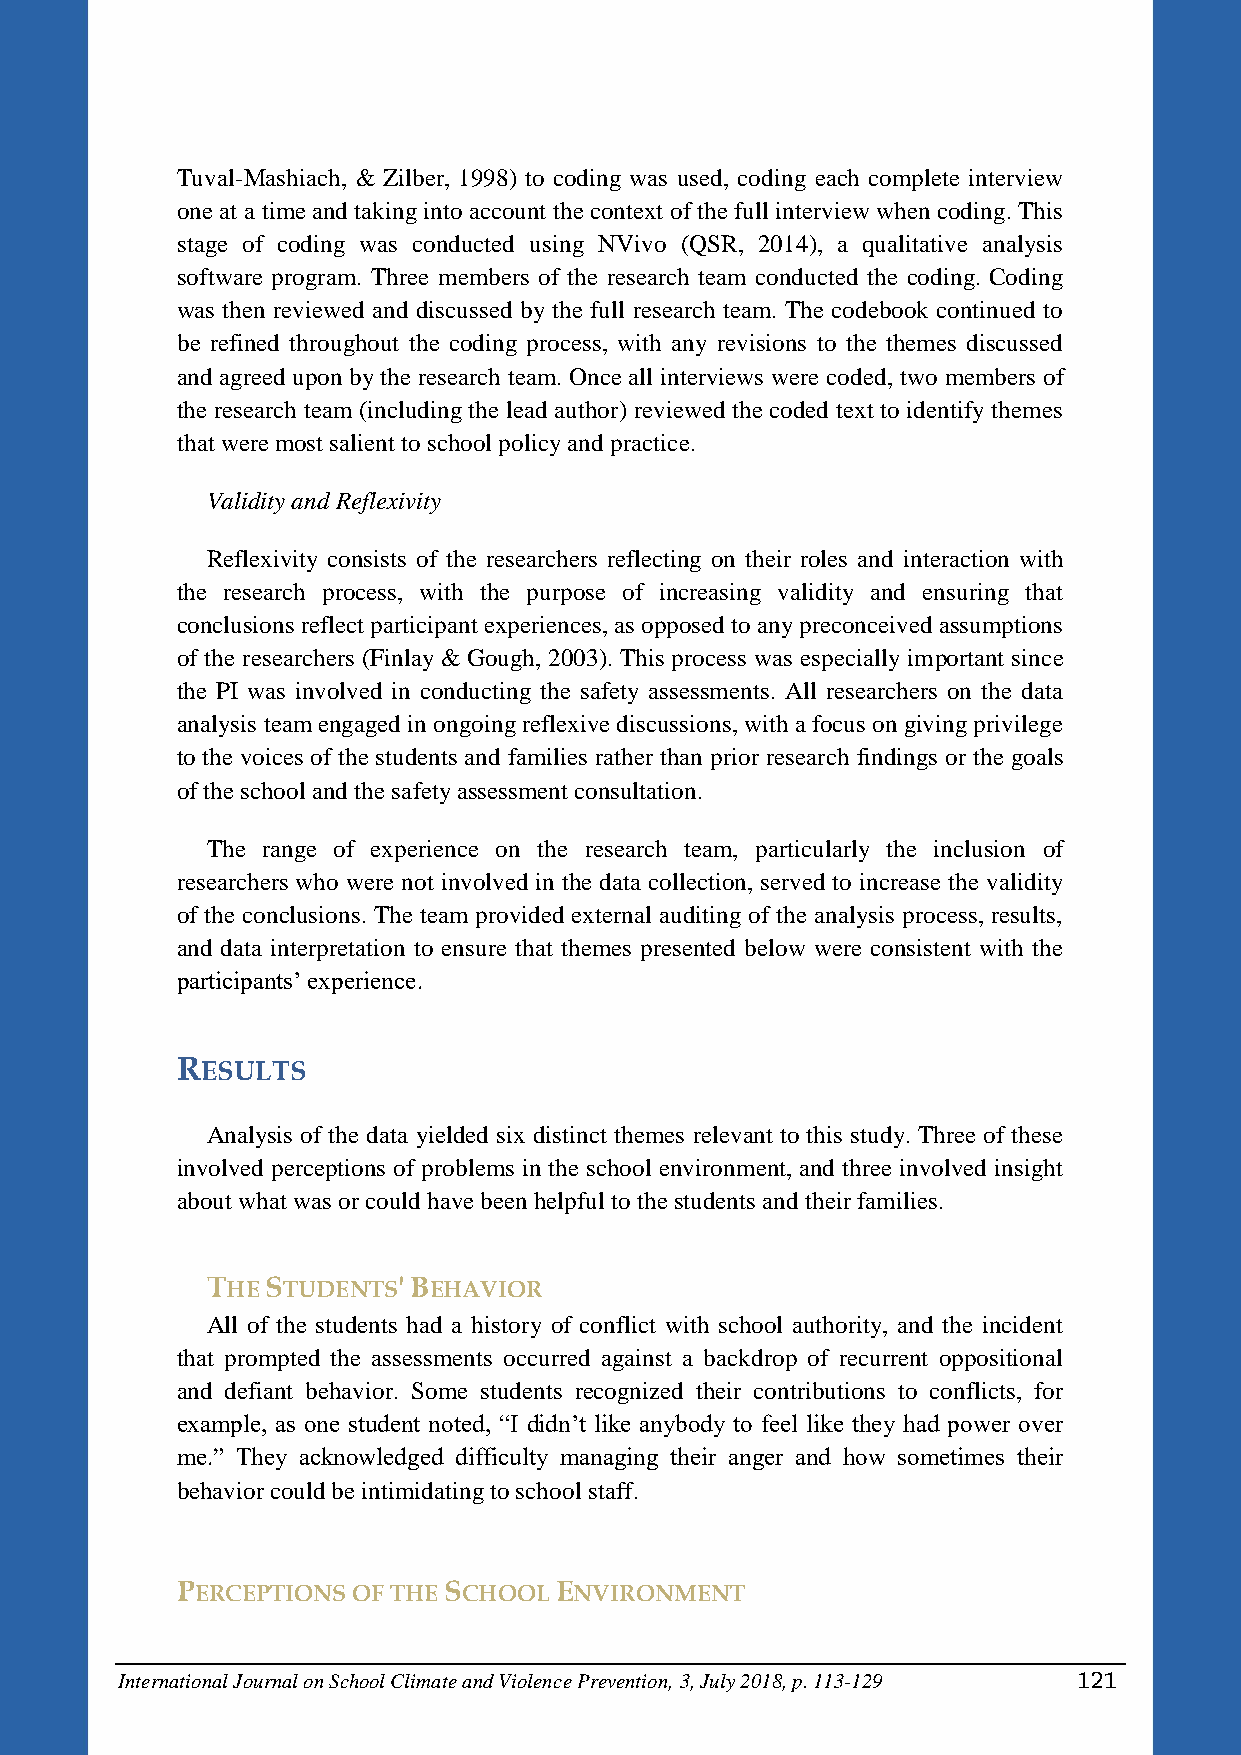
Tuval-Mashiach, & Zilber, 1998) to coding was used, coding each complete interview
 one at a time and taking into account the context of the full interview when coding. This
 stage of coding was conducted using NVivo (QSR, 2014), a qualitative analysis
 software program. Three members of the research team conducted the coding. Coding
 was then reviewed and discussed by the full research team. The codebook continued to
 be refined throughout the coding process, with any revisions to the themes discussed
 and agreed upon by the research team. Once all interviews were coded, two members of
 the research team (including the lead author) reviewed the coded text to identify themes
 that were most salient to school policy and practice.
 Validity and Reflexivity
 Reflexivity consists of the researchers reflecting on their roles and interaction with
 the research process, with the purpose of increasing validity and ensuring that
 conclusions reflect participant experiences, as opposed to any preconceived assumptions
 of the researchers (Finlay & Gough, 2003). This process was especially important since
 the PI was involved in conducting the safety assessments. All researchers on the data
 analysis team engaged in ongoing reflexive discussions, with a focus on giving privilege
 to the voices of the students and families rather than prior research findings or the goals
 of the school and the safety assessment consultation.
 The range of experience on the research team, particularly the inclusion of
 researchers who were not involved in the data collection, served to increase the validity
 of the conclusions. The team provided external auditing of the analysis process, results,
 and data interpretation to ensure that themes presented below were consistent with the
 participants’ experience.
 RESULTS
 Analysis of the data yielded six distinct themes relevant to this study. Three of these
 involved perceptions of problems in the school environment, and three involved insight
 about what was or could have been helpful to the students and their families.
 THE STUDENTS' BEHAVIOR
 All of the students had a history of conflict with school authority, and the incident
 that prompted the assessments occurred against a backdrop of recurrent oppositional
 and defiant behavior. Some students recognized their contributions to conflicts, for
 example, as one student noted, “I didn’t like anybody to feel like they had power over
 me.” They acknowledged difficulty managing their anger and how sometimes their
 behavior could be intimidating to school staff.
 PERCEPTIONS OF THE SCHOOL ENVIRONMENT
 International Journal on School Climate and Violence Prevention, 3, July 2018, p. 113-129